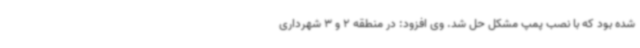
شده بود که با نصب پمپ مشکل حل شد. وی افزود: در منطقه 2 و 3 شهرداری